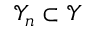
\mathcal { Y } _ { n } \subset \mathcal { Y }